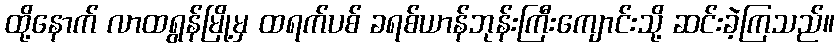
ထို့နောက် လာထရွန်မြို့မှ ထရက်ပစ် ခရစ်ယာန်ဘုန်းကြီးကျောင်းသို့ ဆင်းခဲ့ကြသည်။